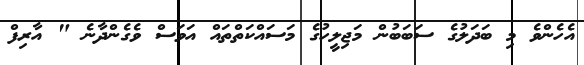
އެެހެންވެ މި ބަދަލުގެ ސަބަބުން މަޖިލީހުގެ މަސައްކަތްތައް އަވަސް ވެގެންދާނެ " އާރިފް